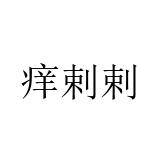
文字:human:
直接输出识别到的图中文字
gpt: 痒剌剌